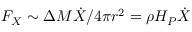
F _ { X } \sim \Delta M \dot { X } / 4 \pi r ^ { 2 } = \rho H _ { P } \dot { X }